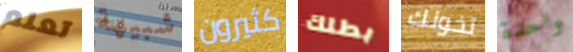
تعلم شبيهة كثيرون بطلك تخونك واحدة